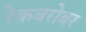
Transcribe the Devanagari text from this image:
रेकबरोबर